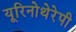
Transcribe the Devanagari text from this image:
यूरिनोथेरेपी